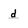
Character: d